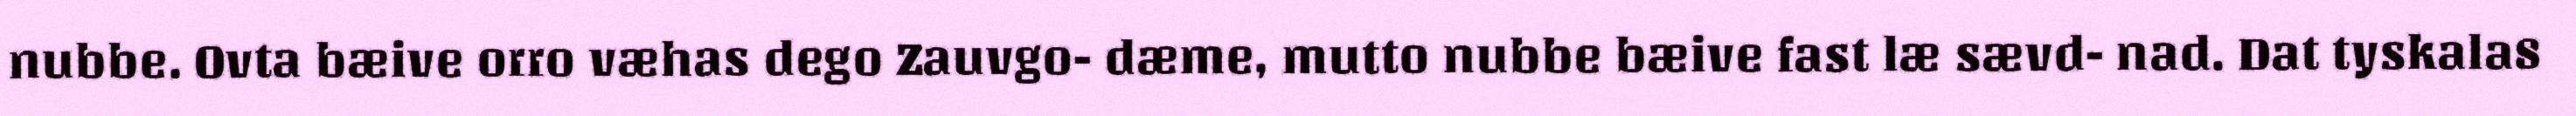
nubbe. Ovta bæive orro væhas dego Zauvgo- dæme, mutto nubbe bæive fast læ sævd- nad. Dat tyskala8